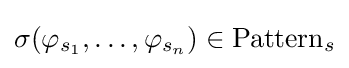
\sigma (\varphi _{s_{1}},\dots ,\varphi _{s_{n}})\in \mathrm {Pattern} _{s}